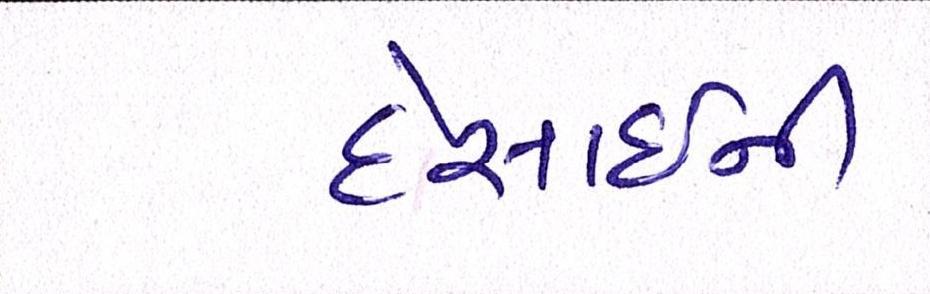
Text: દેસાઇની